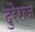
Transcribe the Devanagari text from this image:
दुरैराज